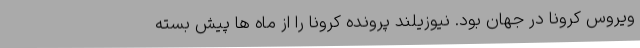
ویروس کرونا در جهان بود. نیوزیلند پرونده کرونا را از ماه ها پیش بسته